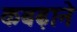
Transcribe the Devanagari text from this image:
कबढ़ाने